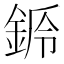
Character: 𨧌